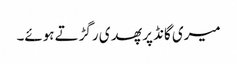
میری گانڈ پر پھدی رگڑتے ہوئے۔